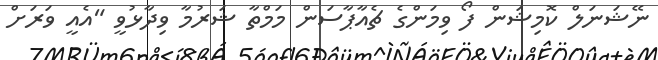
ނޭޝަނަލް ކޮމިޝަން ފޯ ވިމަންގެ ޗެއާޕާސަން މަމްތާ ޝަރުމާ ވިދާޅުވީ "އެއީ ވަރަށް